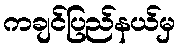
ကချင်ပြည်နယ်မှ